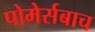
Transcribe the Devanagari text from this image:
पोमेर्सबाच